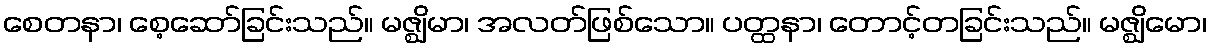
စေတနာ၊ စေ့ဆော်ခြင်းသည်။ မဇ္ဈိမာ၊ အလတ်ဖြစ်သော။ ပတ္ထနာ၊ တောင့်တခြင်းသည်။ မဇ္ဈိမော၊